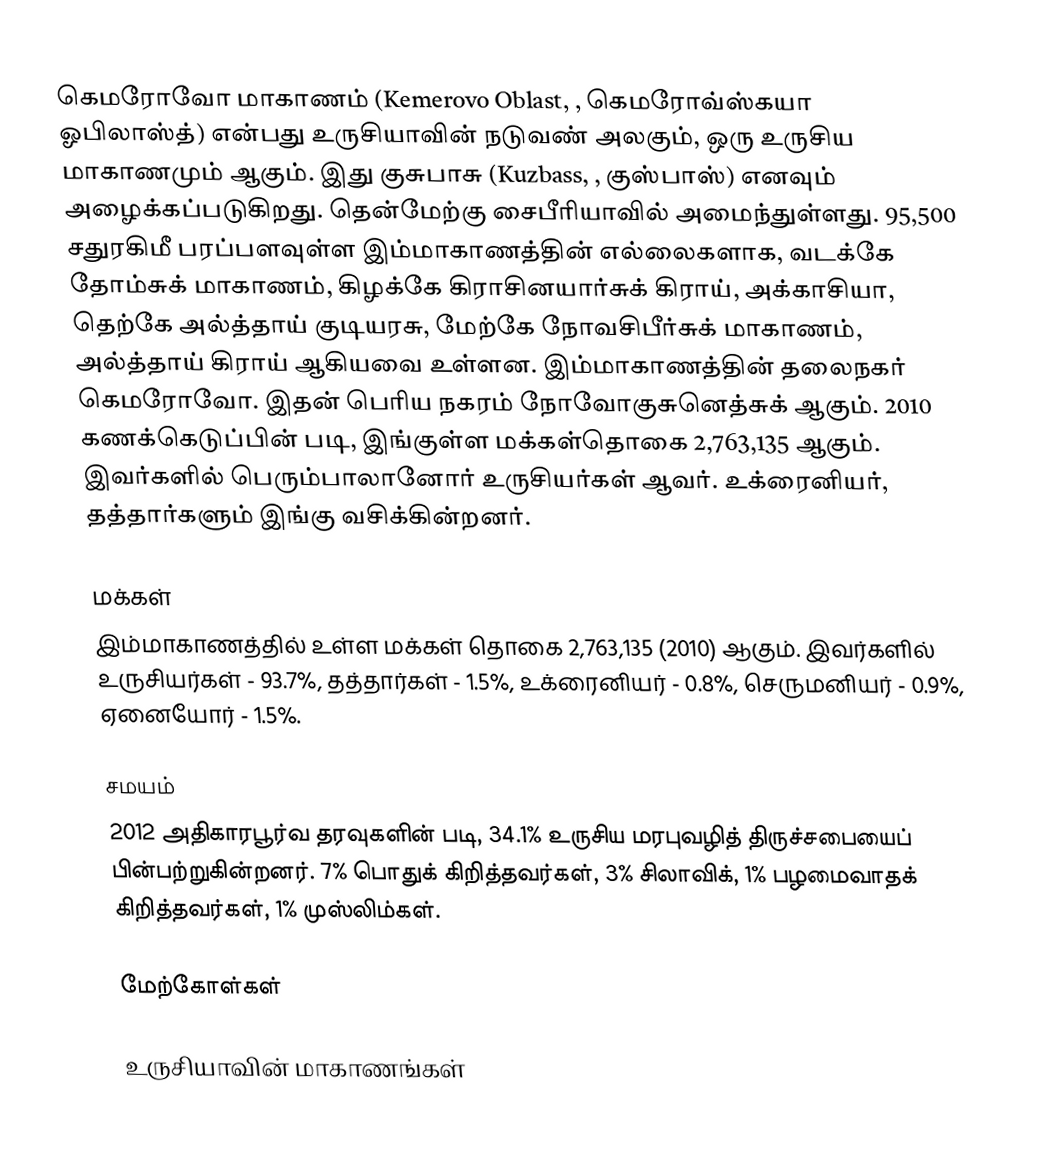
கெமரோவோ மாகாணம் (Kemerovo Oblast, , கெமரோவ்ஸ்கயா ஓபிலாஸ்த்) என்பது உருசியாவின் நடுவண் அலகும், ஒரு உருசிய மாகாணமும் ஆகும். இது குசுபாசு (Kuzbass, , குஸ்பாஸ்) எனவும் அழைக்கப்படுகிறது. தென்மேற்கு சைபீரியாவில் அமைந்துள்ளது. 95,500 சதுரகிமீ பரப்பளவுள்ள இம்மாகாணத்தின் எல்லைகளாக, வடக்கே தோம்சுக் மாகாணம், கிழக்கே கிராசினயார்சுக் கிராய், அக்காசியா, தெற்கே அல்த்தாய் குடியரசு, மேற்கே நோவசிபீர்சுக் மாகாணம், அல்த்தாய் கிராய் ஆகியவை உள்ளன. இம்மாகாணத்தின் தலைநகர் கெமரோவோ. இதன் பெரிய நகரம் நோவோகுசுனெத்சுக் ஆகும். 2010 கணக்கெடுப்பின் படி, இங்குள்ள மக்கள்தொகை 2,763,135 ஆகும். இவர்களில் பெரும்பாலானோர் உருசியர்கள் ஆவர். உக்ரைனியர், தத்தார்களும் இங்கு வசிக்கின்றனர்.

மக்கள்
இம்மாகாணத்தில் உள்ள மக்கள் தொகை 2,763,135 (2010) ஆகும். இவர்களில் உருசியர்கள் - 93.7%, தத்தார்கள் - 1.5%, உக்ரைனியர் - 0.8%, செருமனியர் - 0.9%, ஏனையோர் - 1.5%.

சமயம்
2012 அதிகாரபூர்வ தரவுகளின் படி, 34.1% உருசிய மரபுவழித் திருச்சபையைப் பின்பற்றுகின்றனர். 7% பொதுக் கிறித்தவர்கள், 3% சிலாவிக், 1% பழமைவாதக் கிறித்தவர்கள், 1% முஸ்லிம்கள்.

மேற்கோள்கள்

உருசியாவின் மாகாணங்கள்